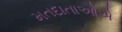
મતદાતાઓએ